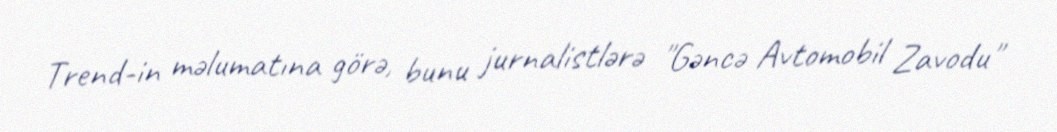
Trend-in məlumatına görə, bunu jurnalistlərə "Gəncə Avtomobil Zavodu"